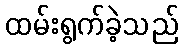
ထမ်းရွက်ခဲ့သည်